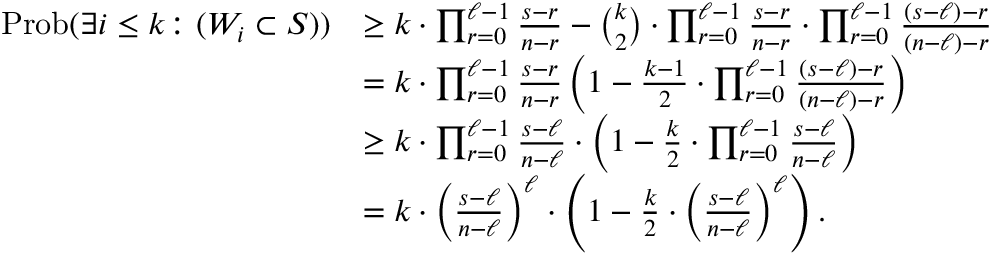
\begin{array} { r l } { \mathrm { P r o b } ( \exists i \leq k \colon ( W _ { i } \subset S ) ) } & { \geq k \cdot \prod _ { r = 0 } ^ { \ell - 1 } \frac { s - r } { n - r } - { \binom { k } { 2 } } \cdot \prod _ { r = 0 } ^ { \ell - 1 } \frac { s - r } { n - r } \cdot \prod _ { r = 0 } ^ { \ell - 1 } \frac { ( s - \ell ) - r } { ( n - \ell ) - r } } \\ & { = k \cdot \prod _ { r = 0 } ^ { \ell - 1 } \frac { s - r } { n - r } \left( 1 - \frac { k - 1 } { 2 } \cdot \prod _ { r = 0 } ^ { \ell - 1 } \frac { ( s - \ell ) - r } { ( n - \ell ) - r } \right) } \\ & { \geq k \cdot \prod _ { r = 0 } ^ { \ell - 1 } \frac { s - \ell } { n - \ell } \cdot \left( 1 - \frac { k } { 2 } \cdot \prod _ { r = 0 } ^ { \ell - 1 } \frac { s - \ell } { n - \ell } \right) } \\ & { = k \cdot \left( \frac { s - \ell } { n - \ell } \right) ^ { \ell } \cdot \left( 1 - \frac { k } { 2 } \cdot \left( \frac { s - \ell } { n - \ell } \right) ^ { \ell } \right) . } \end{array}